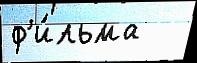
ф'и́льма